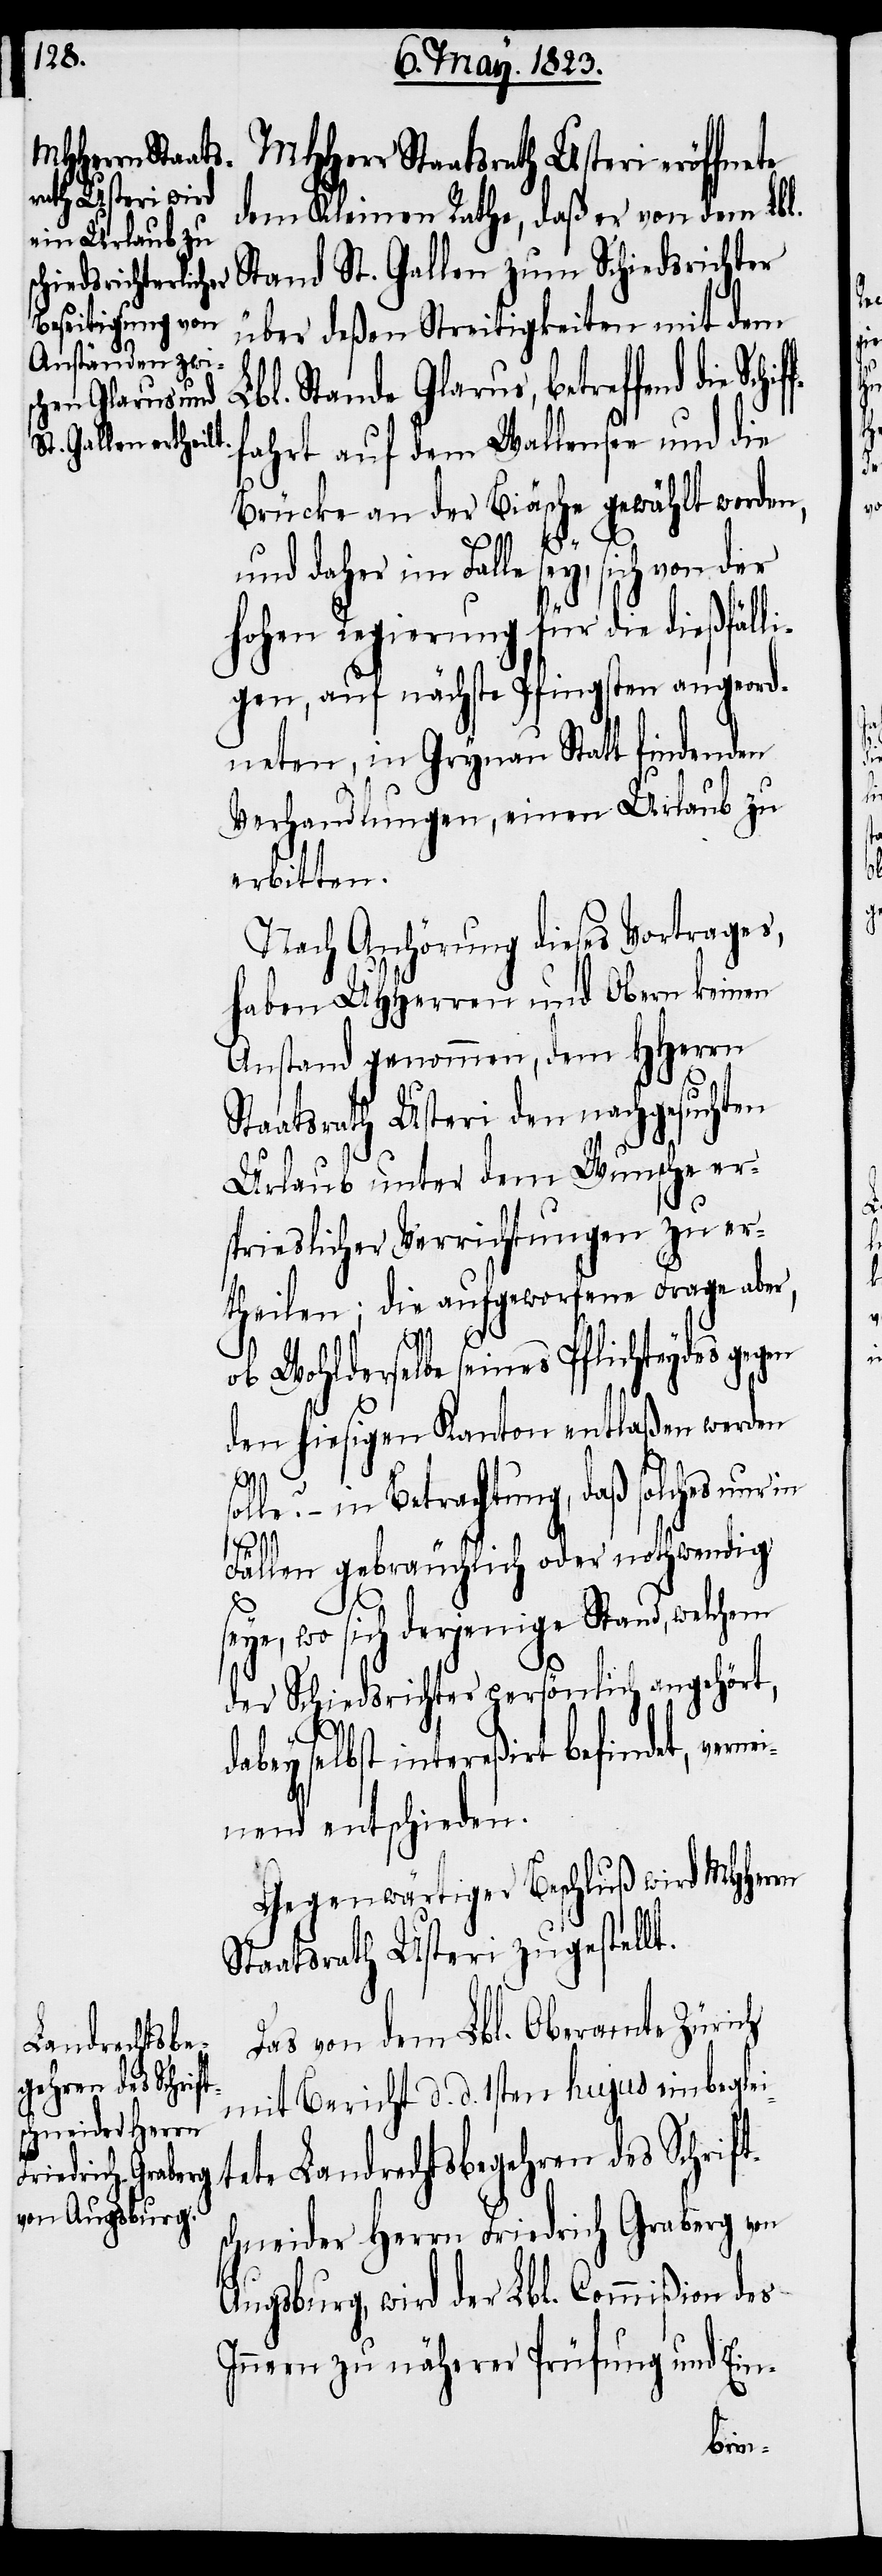
MHHerr Staats¬
rath Usteri er¬
dem Kleinen Rathe, daß er von dem Lbl.
Stand St. Gallen zum Schiedsrichter
über deßen Streitigkeiten mit dem
Lbl. Stande Glarus, betreffend di¬
e Schifffahrt auf dem Wallensee und die
Brücke an der Biäsche gewählt worden,
t.
öffnete
und daher im Falle sey, sich von der
hohen Regierung für die dießfälli¬
gen, auf nächste Pfingsten angeord¬
neten, in Grynau Statt findenden
Verhandlungen, einen Urlaub zu
erbitten.
Nach Anhörung dieses Vortrages,
haben UHHerren und Obern keinen
Anstand genommen, dem HHerrn
Staatsrath Usteri den nachgesuchten
Urlaub unter dem Wunsche er¬
sprieslicher Verrichtungen zu er¬
theilen; die aufgeworfene Frage abe¬
ob Wohlderselbe seines Pflichteydes ge¬
den hiesigen Kanton entlaßen werden
– in Betrachtung, daß solches nur
r,
Fällen gebräuchlich oder nothwendig
wo sich derjenige Stand, welch¬
der Schiedsrichter persönlich angehört,
dabey selbst intereßirt befindet, verne¬
inend entschieden.
Gegenwärtiger Beschluß wird MHHerrn
Staatsrath Usteri zugestell¬
Das von dem Lbl. Oberamte Zürich
mit Bericht d. d. 1sten hujus einbeglei¬
tete Landrechtsbegehren des Schrift¬
schneider Herrn Friedrich Graberg von
Augsburg, wird der Lbl. Commißion des
Innern zu näherer Prüfung und Ein-
em